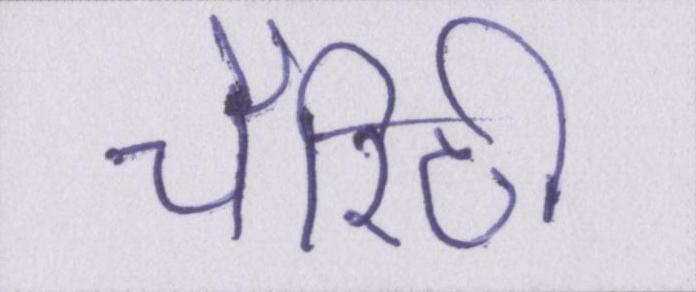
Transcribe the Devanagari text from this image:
चैरिटी